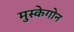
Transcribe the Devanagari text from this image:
मुस्केगोन